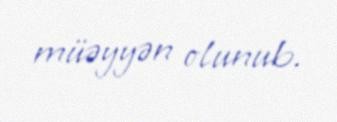
müəyyən olunub.